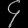
Digit: ၄